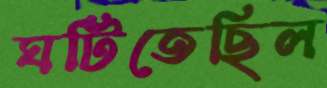
ঘটিতেছিল